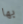
بها